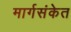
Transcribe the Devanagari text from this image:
मार्गसंकेत